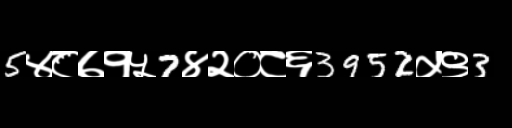
Text: 5४८७१५7४२०८६3952५९3